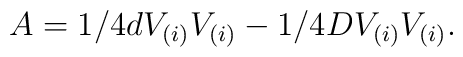
A=1/4dV_{(i)}V_{(i)}-1/4DV_{(i)}V_{(i)}.